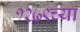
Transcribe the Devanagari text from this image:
१२७९च्या